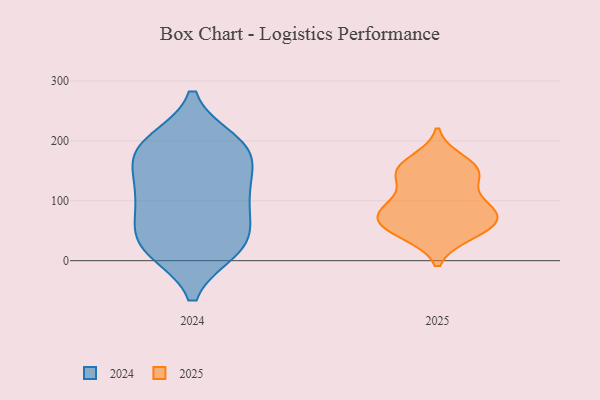
{"axis": {"x": "Website Visitors", "y": "Value"}, "legend": ["2024", "2025"], "data": [{"x": "", "y": 167, "type": "2025"}, {"x": "", "y": 52, "type": "2025"}, {"x": "", "y": 146, "type": "2025"}, {"x": "", "y": 66, "type": "2025"}, {"x": "", "y": 98, "type": "2025"}, {"x": "", "y": 45, "type": "2025"}, {"x": "", "y": 142, "type": "2025"}, {"x": "", "y": 154, "type": "2025"}, {"x": "", "y": 145, "type": "2025"}, {"x": "", "y": 75, "type": "2025"}, {"x": "", "y": 49, "type": "2025"}, {"x": "", "y": 91, "type": "2025"}, {"x": "", "y": 74, "type": "2025"}, {"x": "", "y": 85, "type": "2025"}, {"x": "", "y": 20, "type": "2024"}, {"x": "", "y": 115, "type": "2024"}, {"x": "", "y": 124, "type": "2024"}, {"x": "", "y": 67, "type": "2024"}, {"x": "", "y": 189, "type": "2024"}, {"x": "", "y": 186, "type": "2024"}, {"x": "", "y": 97, "type": "2024"}, {"x": "", "y": 25, "type": "2024"}, {"x": "", "y": 26, "type": "2024"}, {"x": "", "y": 18, "type": "2024"}, {"x": "", "y": 181, "type": "2024"}, {"x": "", "y": 181, "type": "2024"}, {"x": "", "y": 198, "type": "2024"}, {"x": "", "y": 132, "type": "2024"}, {"x": "", "y": 63, "type": "2024"}]}